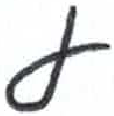
אות: ע